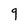
Character: 9